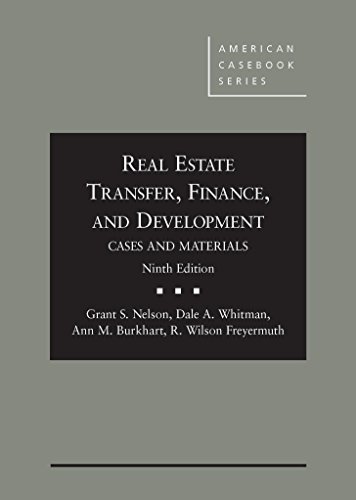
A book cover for Cases and Materials on Real Estate Transfer, Finance, and Development (American Casebook Series); Grant Nelson; Business & Money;